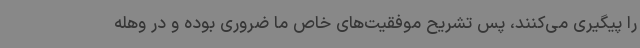
را پیگیری می‌کنند، پس تشریح موفقیت‌های خاص ما ضروری بوده و در وهله